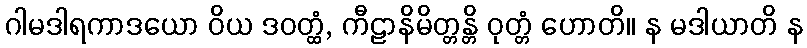
ဂါမဒါရကာဒယော ဝိယ ဒဝတ္ထံ, ကီဠာနိမိတ္တန္တိ ဝုတ္တံ ဟောတိ။ န မဒါယာတိ န